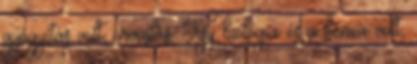
gyógyítás volt, orvoslás. Így biológia és a kémia volt,